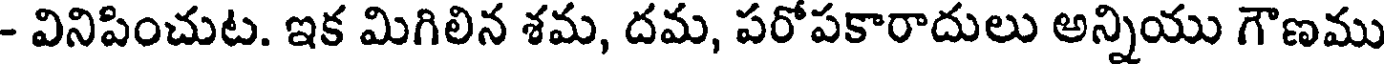
- వినిపించుట. ఇక మిగిలిన శమ, దమ, పరోపకారాదులు అన్నియు గౌణము